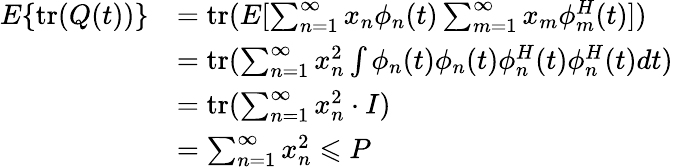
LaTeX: \begin{array}{rl}{E\{ \operatorname{tr}(Q(t))\} }&{=\operatorname{tr}(E[\sum_{n=1}^{\infty}x_{n}\phi_{n}(t)\sum_{m=1}^{\infty}x_{m}\phi_{m}^{H}(t)])}\\ &{=\operatorname{tr}(\sum_{n=1}^{\infty}x_{n}^{2}\int\phi_{n}(t)\phi_{n}(t)\phi_{n}^{H}(t)\phi_{n}^{H}(t)dt)}\\ &{=\operatorname{tr}(\sum_{n=1}^{\infty}x_{n}^{2}\cdot I)}\\ &{=\sum_{n=1}^{\infty}x_{n}^{2}\leqslant P}\end{array}